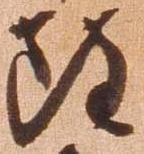
雖